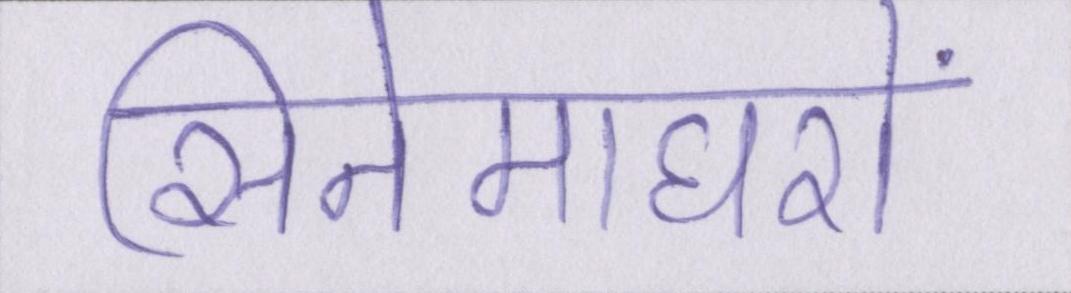
सिनेमाघरों